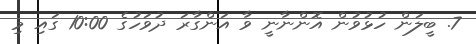
7. ބީލަން ހުޅުވުން އޮންނާނީ ވާ އަންގާރަ ދުވަހުގެ 10:00 ގައި މި